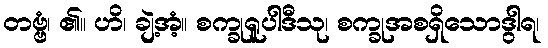
တဗ္ဗံ၊ ၏။ ဟိ၊ ချဲ့အံ့။ စက္ခုရူပါဒီသု၊ စက္ခုအစရှိသောဒွါရ၊